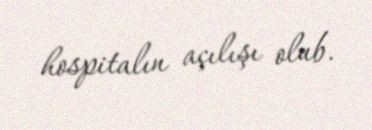
hospitalın açılışı olub.